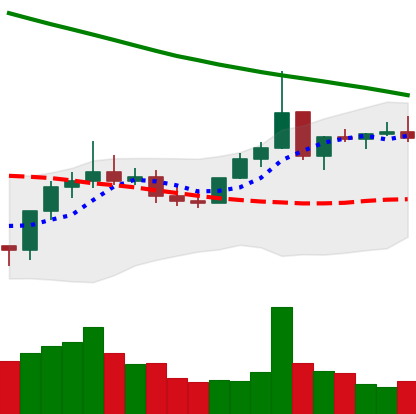
Ticker: XLM-USD
Chart end date: 2022-08-14
Forward return: -13.903%
Label: down_7plus